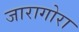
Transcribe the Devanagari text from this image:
जारागोरा